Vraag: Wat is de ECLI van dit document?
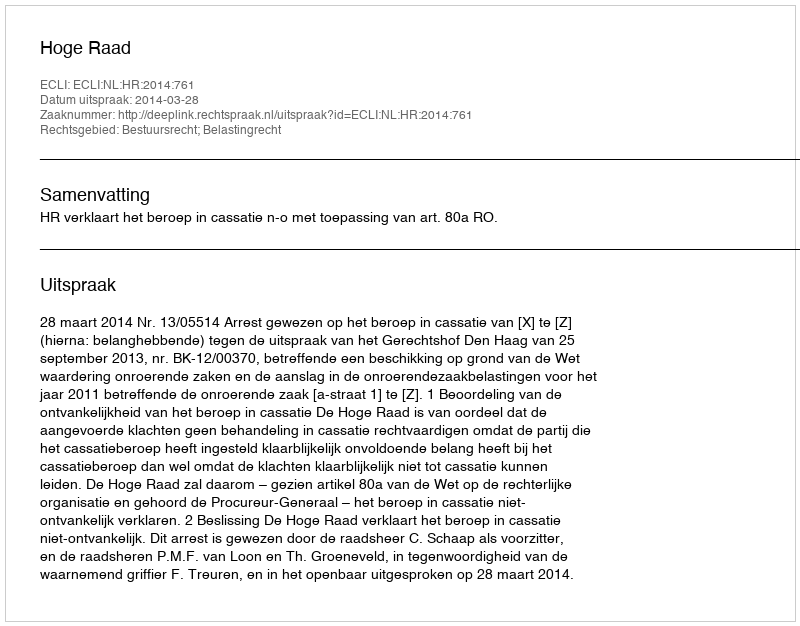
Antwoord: ECLI:NL:HR:2014:761